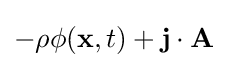
-\rho \phi (\mathbf {x} ,t)+\mathbf {j} \cdot \mathbf {A}